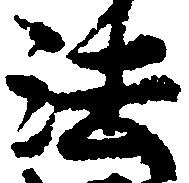
法